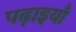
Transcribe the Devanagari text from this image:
पढ़ाइयाँ